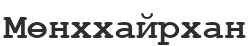
Мөнххайрхан